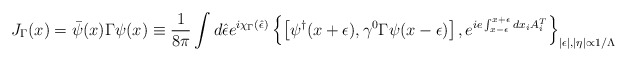
\begin{align*}J_\Gamma(x)=\bar\psi(x)\Gamma\psi(x)\equiv \frac{1}{8\pi}\int d\hat\epsilon e^{i\chi_\Gamma(\hat\epsilon)}\left\{\left[\psi^\dagger(x+\epsilon),\gamma^0\Gamma\psi(x-\epsilon)\right],e^{ie\int_{x-\epsilon}^{x+\epsilon}dx_iA_i^{T}}\right\}_{|\epsilon|,|\eta|\propto 1/\Lambda}\end{align*}